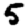
Digit: 5